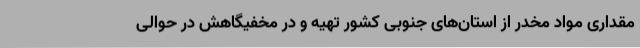
مقداری مواد مخدر از استان‌های جنوبی کشور تهیه و در مخفیگاهش در حوالی